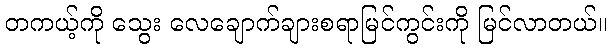
တကယ့်ကို သွေး လေချောက်ချားစရာမြင်ကွင်းကို မြင်လာတယ်။